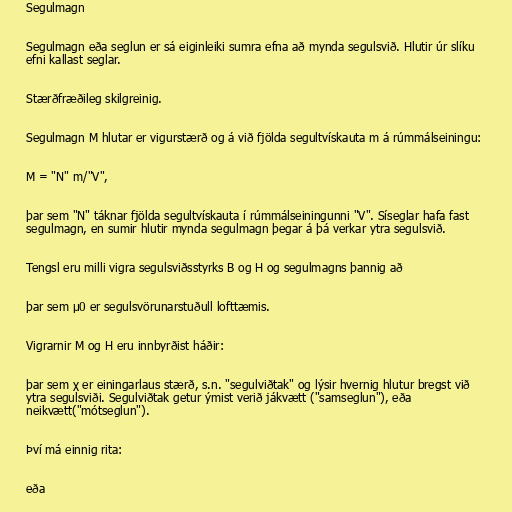
Segulmagn

Segulmagn eða seglun er sá eiginleiki sumra efna að mynda segulsvið. Hlutir úr slíku
efni kallast seglar.

Stærðfræðileg skilgreinig.

Segulmagn M hlutar er vigurstærð og á við fjölda segultvískauta m á rúmmálseiningu:

M = "N" m/"V",

þar sem "N" táknar fjölda segultvískauta í rúmmálseiningunni "V". Síseglar hafa fast
segulmagn, en sumir hlutir mynda segulmagn þegar á þá verkar ytra segulsvið.

Tengsl eru milli vigra segulsviðsstyrks B og H og segulmagns þannig að

þar sem μ0 er segulsvörunarstuðull lofttæmis.

Vigrarnir M og H eru innbyrðist háðir:

þar sem χ er einingarlaus stærð, s.n. "segulviðtak" og lýsir hvernig hlutur bregst við
ytra segulsviði. Segulviðtak getur ýmist verið jákvætt ("samseglun"), eða
neikvætt("mótseglun").

Því má einnig rita:

eða